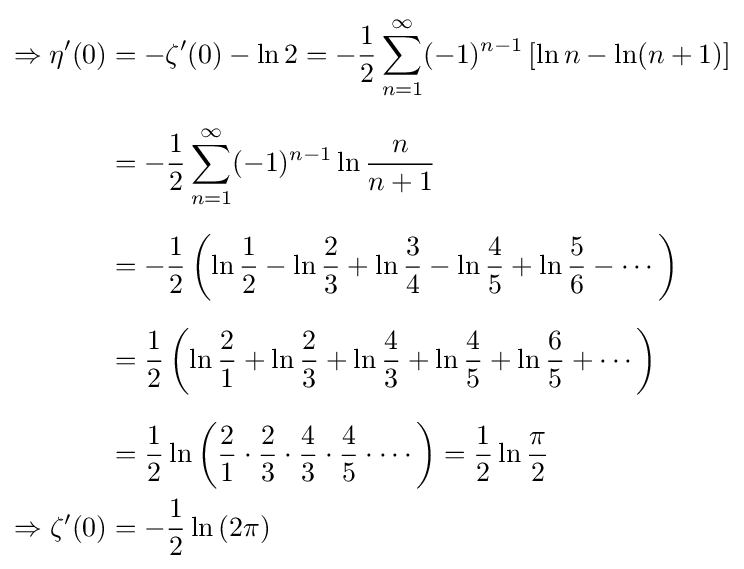
{\begin{aligned}\Rightarrow \eta '(0)&=-\zeta '(0)-\ln 2=-{\frac {1}{2}}\sum _{n=1}^{\infty }(-1)^{n-1}\left[\ln n-\ln(n+1)\right]\\[6pt]&=-{\frac {1}{2}}\sum _{n=1}^{\infty }(-1)^{n-1}\ln {\frac {n}{n+1}}\\[6pt]&=-{\frac {1}{2}}\left(\ln {\frac {1}{2}}-\ln {\frac {2}{3}}+\ln {\frac {3}{4}}-\ln {\frac {4}{5}}+\ln {\frac {5}{6}}-\cdots \right)\\[6pt]&={\frac {1}{2}}\left(\ln {\frac {2}{1}}+\ln {\frac {2}{3}}+\ln {\frac {4}{3}}+\ln {\frac {4}{5}}+\ln {\frac {6}{5}}+\cdots \right)\\[6pt]&={\frac {1}{2}}\ln \left({\frac {2}{1}}\cdot {\frac {2}{3}}\cdot {\frac {4}{3}}\cdot {\frac {4}{5}}\cdot \cdots \right)={\frac {1}{2}}\ln {\frac {\pi }{2}}\\\Rightarrow \zeta '(0)&=-{\frac {1}{2}}\ln \left(2\pi \right)\end{aligned}}